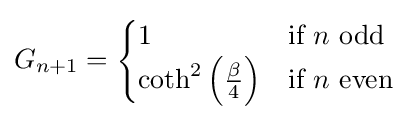
G_{n+1}={\begin{cases}1&{\text{if }}n{\text{ odd}}\\\coth ^{2}\left({\frac {\beta }{4}}\right)&{\text{if }}n{\text{ even}}\end{cases}}